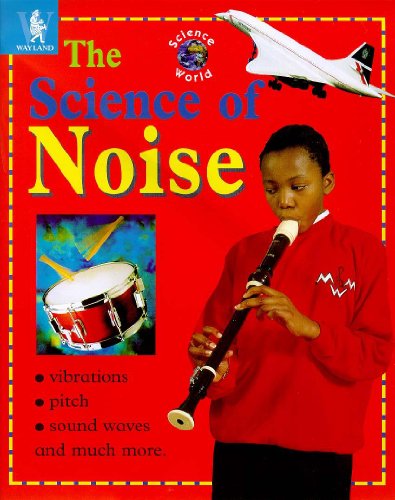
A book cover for The Science of Noise (Science World); Lynne Wright; Children's Books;